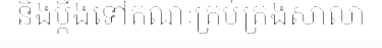
និងប្តឹងទៅគណៈគ្រប់គ្រងសាលា